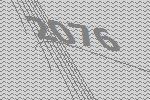
2076